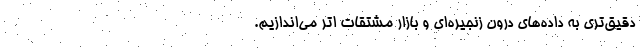
دقیق‌تری به داده‌های درون زنجیره‌ای و بازار مشتقات اتر می‌اندازیم.